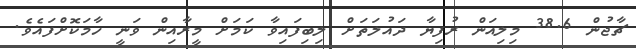
ޗާޖުން 38.6 މިލިއަން ރުފިޔާ ދައުލަތަށް ލިބިފައިވާ ކަމަށް މީރާއިން ވަނީ ހާމަކޮށްފައެވެ.